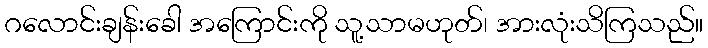
ဂလောင်းချန်းခေါ အကြောင်းကို သူ့သာမဟုတ်၊ အားလုံးသိကြသည်။